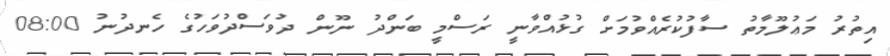
އިތުރު މަޢުލޫމާތު ސާފުކުރެއްވުމަށް ގުޅުއްވާނީ ރަސްމީ ބަންދު ނޫން ދުވަސްދުވަހުގެ ހެނދުނު 08:00